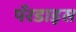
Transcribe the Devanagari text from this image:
पॅरडाइस